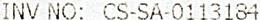
INV NO: CS-SA-0113184